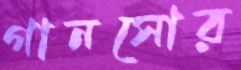
গানসোর